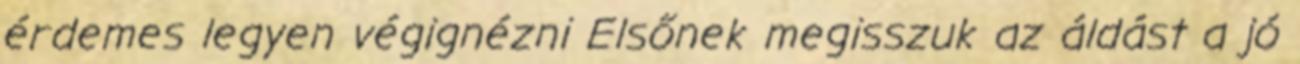
érdemes legyen végignézni Elsőnek megisszuk az áldást a jó